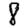
Digit: 8